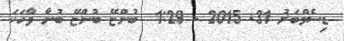
ޑިސެމްބަރު 31